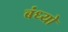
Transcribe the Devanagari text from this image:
बंध्यो